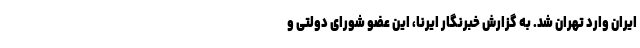
ایران وارد تهران شد. به گزارش خبرنگار ایرنا، این عضو شورای دولتی و